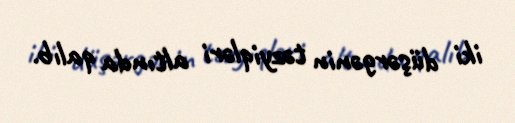
iki düşərgənin təzyiqləri altında qalıb.